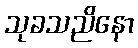
သုခသညိနော